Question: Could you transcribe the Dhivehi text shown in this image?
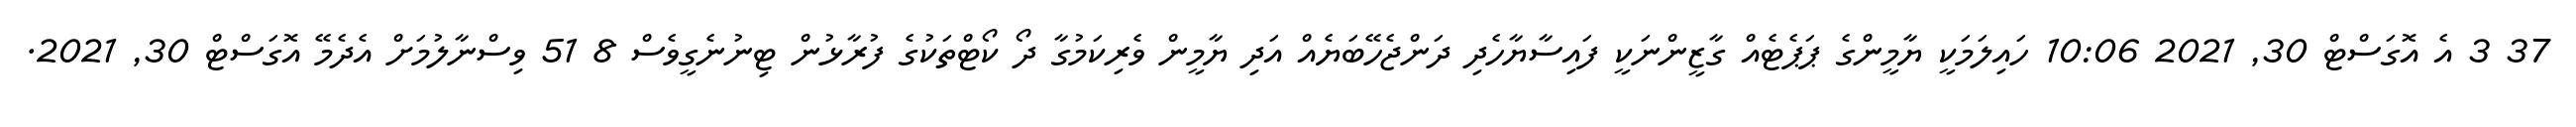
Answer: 37 3 އެ އޮގަސްޓް 30, 2021 10:06 ހައިލަމަކީ ޔާމީންގެ ޕަޕެޓެއް ގާޒީންނަކީ ފައިސާޔާހެދި ދަންޖެހޭބަޔެއް އަދި ޔާމީން ވެރިކަމުގާ ދޯ ކޯޓްތަކުގެ ފުރާޅުން ޓިނުނެގީވެސް 8 51 ވިސްނާލުމަށް އެދެމޭ އޮގަސްޓް 30, 2021.